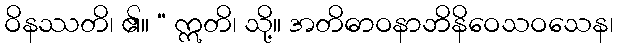
ဝိနဿတိ၊ ၏။ “ ဣတိ၊ သို့။ အတိဓာဝနာဘိနိဝေသဝသေန၊